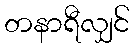
တနာရီလျှင်